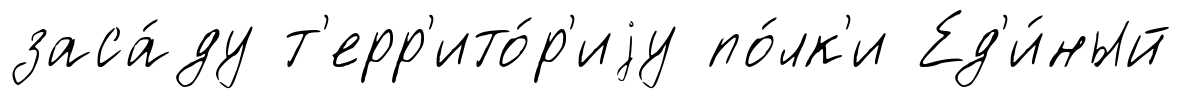
заса́ду т'ерр'ито́р'иjу по́лк'и Ед'и́ный